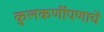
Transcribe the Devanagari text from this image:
कुलकर्णीपणाचें